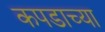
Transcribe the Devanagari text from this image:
कपडाच्या